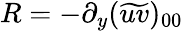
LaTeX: R=-\partial_{y}(\widetilde{uv})_{00}